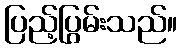
ပြည့်ပြွမ်းသည်။